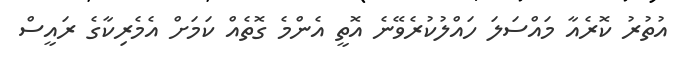
އުތުރު ކޮރެއާ މައްސަލަ ހައްލުކުރެވޭނެ އޮތީ އެންމެ ގޮތެއް ކަމަށް އެމެރިކާގެ ރައީސް